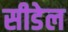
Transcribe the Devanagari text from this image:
सीडेल